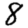
Digit: 8